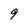
Character: 9